Civil Veterinary Dept. Bombay admin report 1932-41 - 1932-1941
Year: 1932
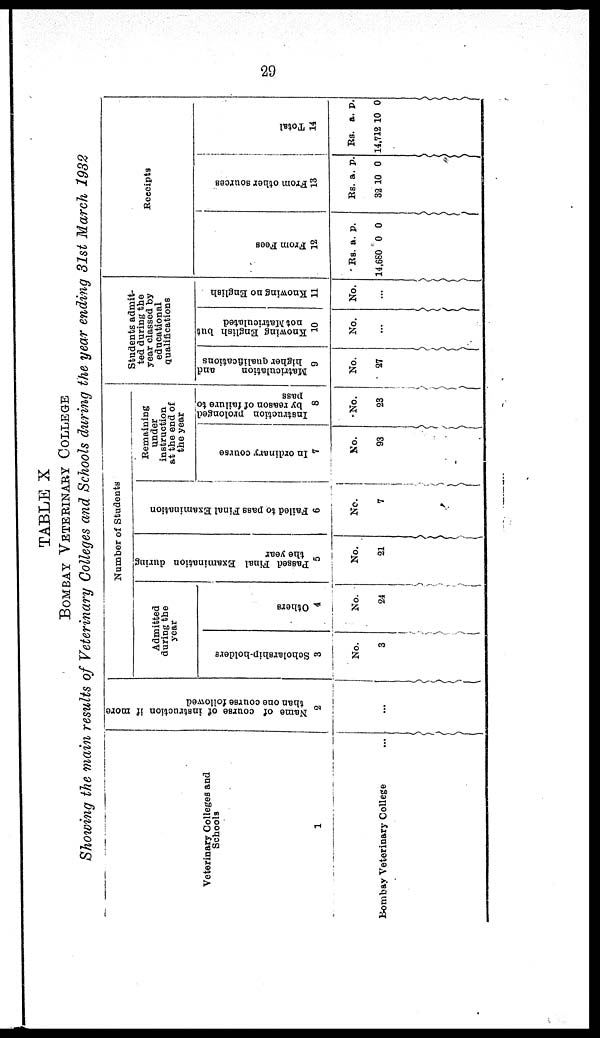
29
TABLE X
BOMBAY VETERINARY COLLEGE
Showing the main results of Veterinary Colleges and Schools during the year ending 31st March 1982
Veterinary Colleges and
Schools
1
Bombay Veterinary College ...
Name of course of instruction if more
than one course followed
2
...
Number of Students
Admitted
during the
year
Scholarship-holders
3
No.
3
Others
4
No.
24
Passed Final Examination during
the year
5
No.
21
Failed to pass Final Examination
6
No.
7
Remaining
under
instruction
at the end of
the year
In ordinary course
7
No.
93
Instruction prolonged
by reason of failure to
pass
8
No.
23
Students admit-
ted during the
year classed by
educational
Qualifications
Matriculation
and
higher qualifications
9
No.
27
Knowing English but
not Matriculated
10
No.
...
Knowing no English
11
No.
...
Receipts
Fr om Fees
12
Rs.
14,680
a.
0
p.
0
Fr om ot he r s our c e s
13
Rs.
32
a.
10
p.
0
Tot al
14
Rs.
14,712
a.
10
p.
0